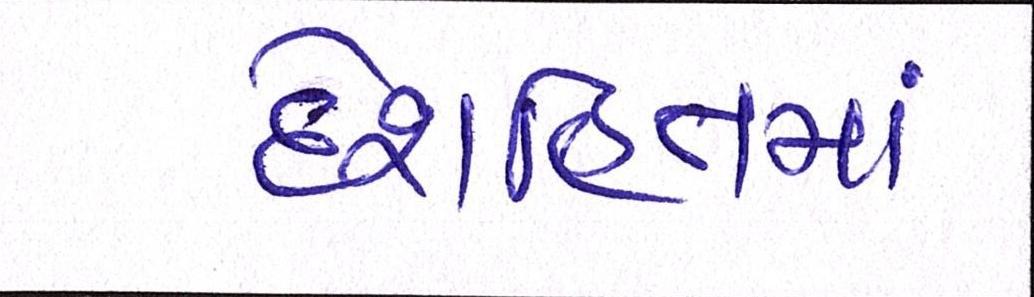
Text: દેશહિતમાં